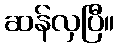
ဆန်လှပြီ။